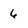
Character: 6